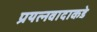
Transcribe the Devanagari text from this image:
प्रयत्‍नवादाकडे